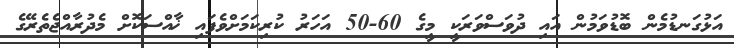
އަޅުގަނޑުމެން ބޮޑުވަމުން އައި ދުވަސްވަރަކީ މީގެ 60-50 އަހަރު ކުރިކަމަށްވެފައި ޚާއްސަކޮށް މެދުރާއްޖެތެރޭގެ